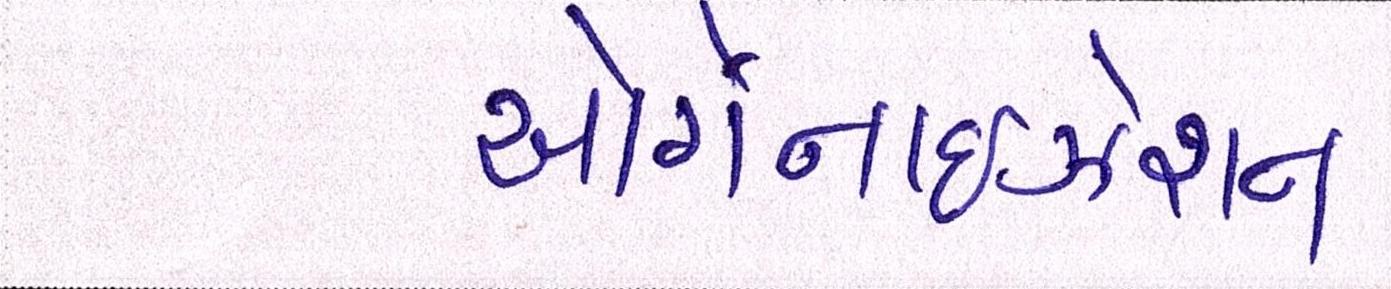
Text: ઓર્ગેનાઈઝેશન